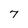
Character: 7